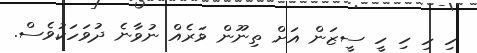
ހި ހި ހި ހީ ސީޒަން އަށް ތިނޫން ވަރެއް ނުވާނެ ދުވަހަކުވެސް.